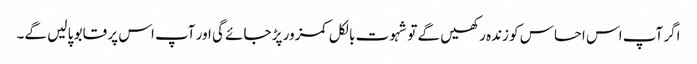
اگر آپ اس احساس کو زندہ رکھیں گے تو شہوت بالکل کمزور پڑ جائے گی اور آپ اس پر قابو پا لیں گے۔